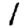
Digit: 1